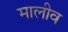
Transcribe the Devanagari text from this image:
मालीव